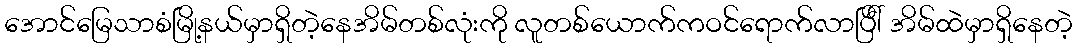
အောင်မြေသာစံမြို့နယ်မှာရှိတဲ့နေအိမ်တစ်လုံးကို လူတစ်ယောက်ကဝင်ရောက်လာပြီါ် အိမ်ထဲမှာရှိနေတဲ့